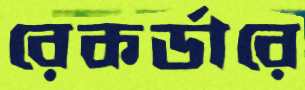
রেকর্ডারে